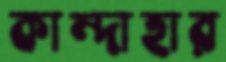
কান্দাহার